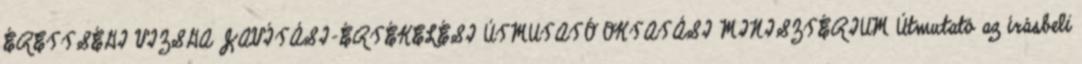
ÉRETTSÉGI VIZSGA JAVÍTÁSI-ÉRTÉKELÉSI ÚTMUTATÓ OKTATÁSI MINISZTÉRIUM Útmutató az írásbeli